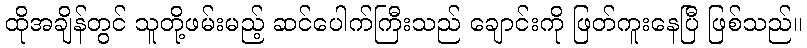
ထိုအချိန်တွင် သူတို့ဖမ်းမည့် ဆင်ပေါက်ကြီးသည် ချောင်းကို ဖြတ်ကူးနေပြီ ဖြစ်သည်။